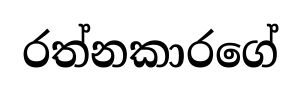
රත්නකාරගේ